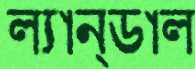
ল্যান্ডাল